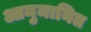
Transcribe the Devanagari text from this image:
आनुमानित